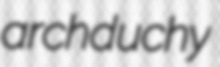
archduchy